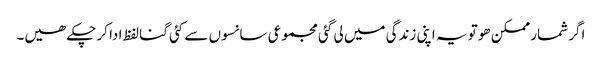
اگر شمار ممکن ھو تو یہ اپنی زندگی میں لی گئی مجموعی سانسوں سے کئی گنا لفظ ادا کر چکے ھیں۔